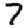
Digit: 7